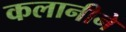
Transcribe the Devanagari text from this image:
कलानीने